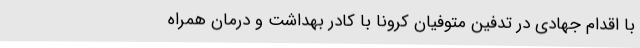
با اقدام جهادی در تدفین متوفیان کرونا با کادر بهداشت و درمان همراه